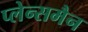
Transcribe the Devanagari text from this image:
प्लेन्समैन